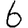
Digit: 6